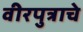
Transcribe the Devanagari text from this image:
वीरपुत्राचे